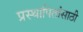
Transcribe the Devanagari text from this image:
प्रस्थापितांसाठी